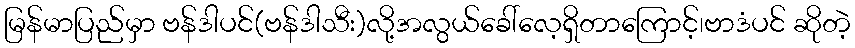
မြန်မာပြည်မှာ ဗန်ဒါပင်(ဗန်ဒါသီး)လို့အလွယ်ခေါ်လေ့ရှိတာကြောင့်၊ဗာဒံပင် ဆိုတဲ့